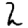
Digit: 2